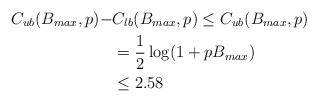
LaTeX: \begin{align*}C_{ub}(B_{max}, p) - & C_{lb}(B_{max}, p ) \le C_{ub}(B_{max}, p) \\ & = \frac{1}{2} \log(1 + pB_{max}) \\ & \le 2.58\end{align*}